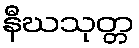
နီဃသုတ္တ